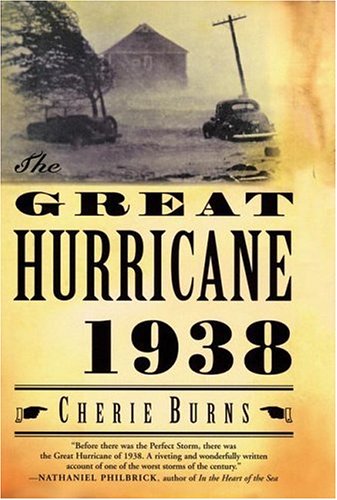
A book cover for The Great Hurricane: 1938; Cherie Burns; Science & Math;